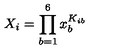
X _ { i } = \prod _ { b = 1 } ^ { 6 } x _ { b } ^ { K _ { i b } }